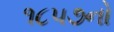
૧૮૫૭નો